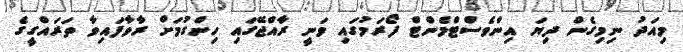
މިއަދު ނިމިގެން ދިޔަ އިންވެސްޓްމެންޓް ފޯރަމުގައި ވަނީ ރާއްޖޭގައި ހިންގުމަށް ރާވާފައިވާ ތަރައްގީގެ